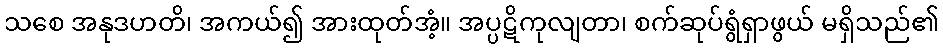
သစေ အနုဒဟတိ၊ အကယ်၍ အားထုတ်အံ့။ အပ္ပဋိကုလျတာ၊ စက်ဆုပ်ရွံရှာဖွယ် မရှိသည်၏